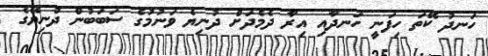
ހަނދު ކޭތަ ހިފަނީ ހަނދާއި އިރާ ދެމެދަށް ދުނިޔެ ވަނުމުގެ ސަބަބުން ދުނިޔޭގެ